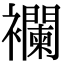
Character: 襴